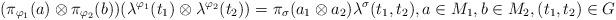
LaTeX: \begin{align*}(\pi_{\varphi_1}(a)\otimes\pi_{\varphi_2}(b))(\lambda^{\varphi_1}(t_1)\otimes\lambda^{\varphi_2}(t_2))=\pi_\sigma(a_1\otimes a_2)\lambda^\sigma(t_1,t_2), a \in M_1, b \in M_2, (t_1,t_2) \in G\end{align*}